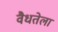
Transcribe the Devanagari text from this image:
वैधतेला